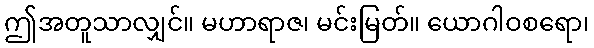
ဤအတူသာလျှင်။ မဟာရာဇ၊ မင်းမြတ်။ ယောဂါဝစရော၊